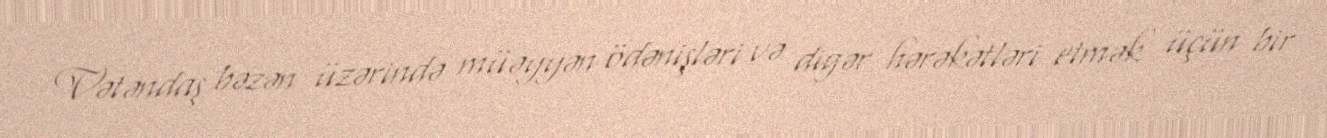
Vətəndaş bəzən üzərində müəyyən ödənişləri və digər hərəkətləri etmək üçün bir